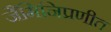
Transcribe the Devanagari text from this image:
जैमिनिप्रणीत